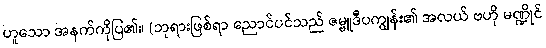
ဟူသော အနက်ကိုပြ၏။ (ဘုရားဖြစ်ရာ ညောင်ပင်သည် ဇမ္ဗူဒီပကျွန်း၏ အလယ် ဗဟို မဏ္ဍိုင်